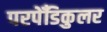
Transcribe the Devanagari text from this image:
परपेँडिकुलर